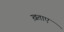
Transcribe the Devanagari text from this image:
ख़ताए